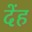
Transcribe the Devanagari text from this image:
देंह